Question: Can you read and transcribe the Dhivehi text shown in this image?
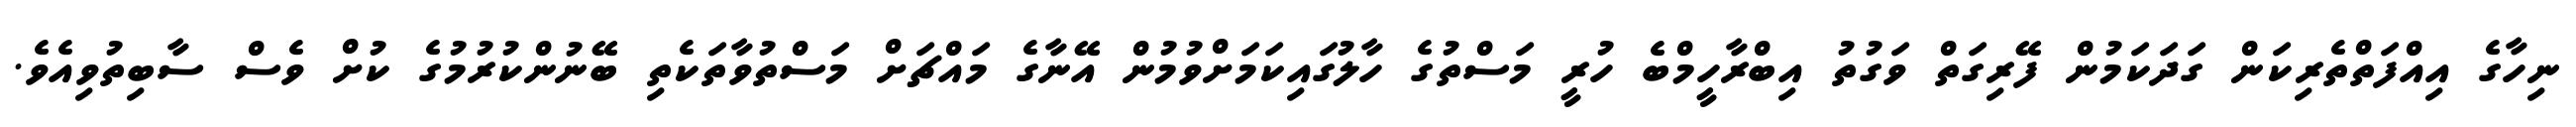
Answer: ނިހާގެ އިއްފަތްތެރިކަން ގަދަކަމުން ފޭރިގަތް ވަގުތު އިބްރާހީމްބެ ހުރީ މަސްތުގެ ހާލުގައިކަމަށްވުމުން އޭނާގެ މައްޗަށް މަސްތުވާތަކެތި ބޭނުންކުރުމުގެ ކުށް ވެސް ސާބިތުވިއެވެ.